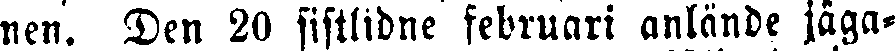
nen. Den 20 sistlidne februari anlände jäga-